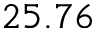
2 5 . 7 6